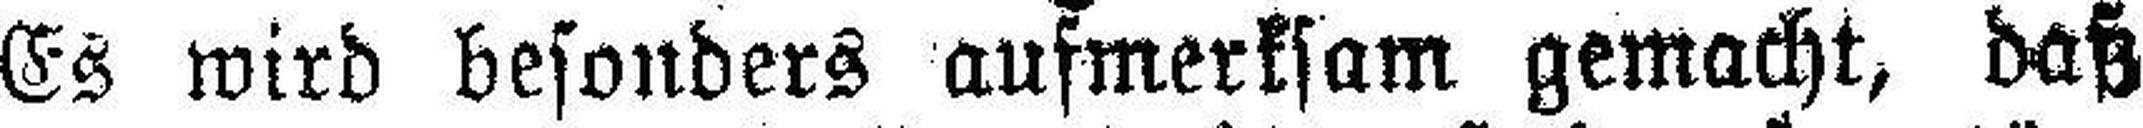
Es wird besonders aufmerksam gemacht, daß